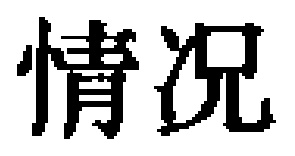
情况